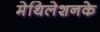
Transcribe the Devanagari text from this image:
मेथिलेशनके